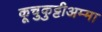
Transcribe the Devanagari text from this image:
कूचुकुट्टीअम्मा